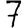
Digit: 7